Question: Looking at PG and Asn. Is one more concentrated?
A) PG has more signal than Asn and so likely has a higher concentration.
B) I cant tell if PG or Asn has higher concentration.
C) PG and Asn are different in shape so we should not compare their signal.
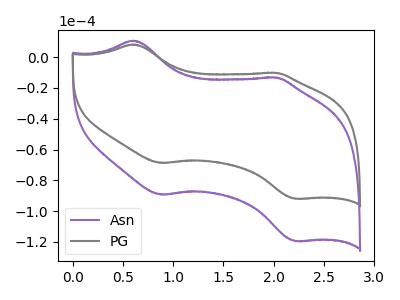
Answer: <think>The purple curve "Asn" has anodic peaks at (0.60V, 10.75uA) (2.00V, -13.20uA) and cathodic peaks at (0.90V, -89.35uA) (2.20V, -119.60uA). The gray curve "PG" has anodic peaks at (0.60V, 8.30uA) (2.00V, -10.15uA) and cathodic peaks at (0.90V, -68.75uA) (2.20V, -92.00uA).
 All the peaks in "PG" have a peak in "Asn" at the same potential.</think>
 <answer>B) I cant tell if "PG" or "Asn" has higher concentration.</answer>
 <eval>B</eval>